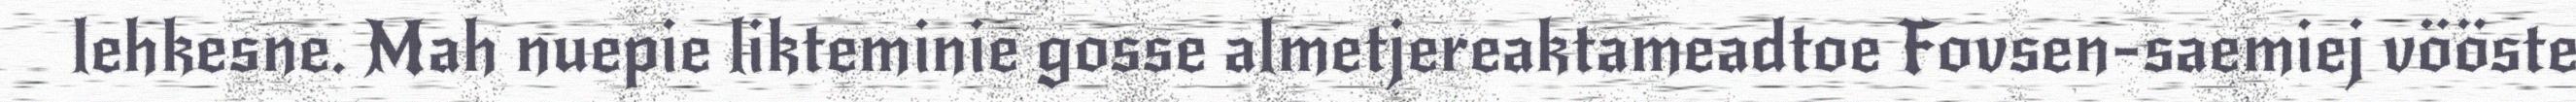
lehkesne. Mah nuepie likteminie gosse almetjereaktameadtoe Fovsen-saemiej vööste